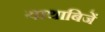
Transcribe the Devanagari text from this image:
याथाबिजें